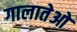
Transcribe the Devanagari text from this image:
गालातेओ